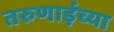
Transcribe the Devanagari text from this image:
तरुणाईच्या